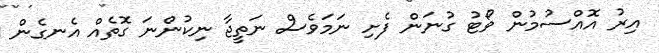
އިރު އޮއްސުމުން ވޯޓު ގުނަން ފެށި ނަމަވެސް ނަތީޖާ ނިކުންނަ ގޮތެއް އެނގެން